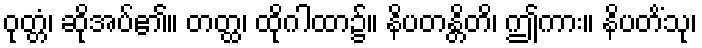
ဝုတ္တံ၊ ဆိုအပ်၏။ တတ္ထ၊ ထိုဂါထာ၌။ နိပတန္တိတိ၊ ဤကား။ နိပတိံသု၊